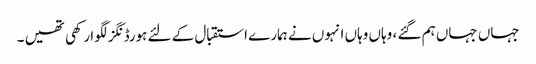
جہاں جہاں ہم گئے ، وہاں وہاں انہوں نے ہمارے استقبال کے لئے ہورڈنگز لگوا رکھی تھیں ۔